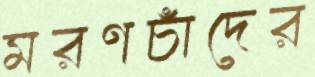
মরণচাঁদের